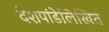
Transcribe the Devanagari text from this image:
देशपांडेलिखित